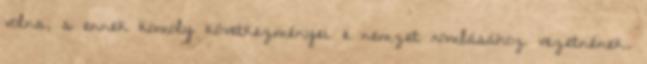
volna, s ennek komoly következményei e nemzet romlásához vezetnének.